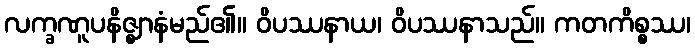
လက္ခဏူပနိဇ္ဈာနံမည်၏။ ဝိပဿနာယ၊ ဝိပဿနာသည်။ ကတကိစ္စဿ၊